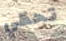
تحظي